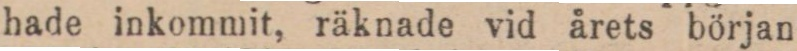
hade inkommit, räknade vid årets början